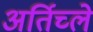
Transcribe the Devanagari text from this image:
अर्तिच्ले